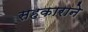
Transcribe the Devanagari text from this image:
सहकाराने